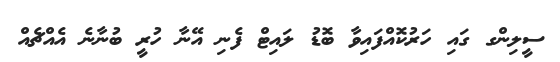
ސީލިންގ ގައި ހަރުކޮއްފައިވާ ބޮޑު ލައިޓް ފެނި އޭނާ ހުރީ ބުނާނެ އެއްޗެއް